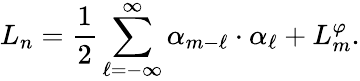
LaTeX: L_{n}={\frac{1}{2}}\sum_{\ell=-\infty}^{\infty}\alpha_{m-\ell}\cdot\alpha_{\ell}+L_{m}^{\varphi}.